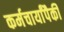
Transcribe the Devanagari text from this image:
कर्मचार्यांपैकी